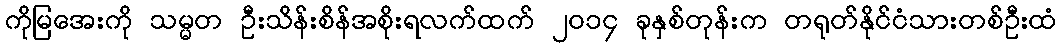
ကိုမြအေးကို သမ္မတ ဦးသိန်းစိန်အစိုးရလက်ထက် ၂၀၁၄ ခုနှစ်တုန်းက တရုတ်နိုင်ငံသားတစ်ဦးထံ